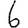
Digit: 6